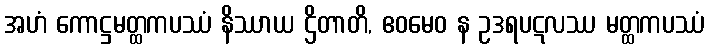
အဟံ ကောဋ္ဌမတ္ထကပဿံ နိဿာယ ဌိတာတိ, ဧဝမေဝ န ဥဒရပဋလဿ မတ္ထကပဿံ